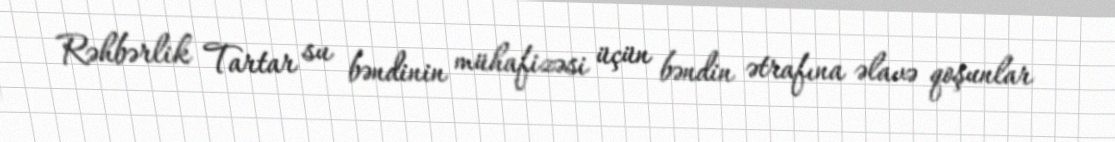
Rəhbərlik Tartar su bəndinin mühafizəsi üçün bəndin ətrafına əlavə qoşunlar